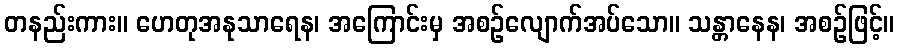
တနည်းကား။ ဟေတုအနုသာရေန၊ အကြောင်းမှ အစဉ်လျောက်အပ်သော။ သန္တာနေန၊ အစဉ်ဖြင့်။